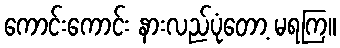
ကောင်းကောင်း နားလည်ပုံတော့ မရကြ။